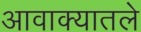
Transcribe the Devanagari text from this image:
आवाक्यातले